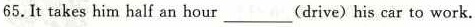
65.It takes him half an hour ___ (drive) his car to work.